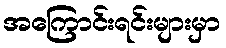
အကြောင်းရင်းများမှာ